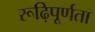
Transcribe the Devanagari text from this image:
रूढ़िपूर्णता